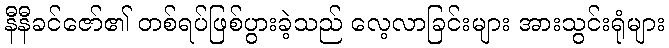
နီနီခင်ဇော်၏ တစ်ရပ်ဖြစ်ပွားခဲ့သည် လေ့လာခြင်းများ အားသွင်းရုံများ